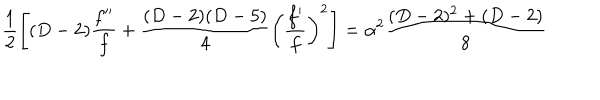
\frac { 1 } { 2 } \left[ ( D - 2 ) \frac { f ^ { \prime \prime } } { f } + \frac { ( D - 2 ) ( D - 5 ) } { 4 } \left( \frac { f ^ { \prime } } { f } \right) ^ { 2 } \right] = \alpha ^ { 2 } \frac { ( D - 2 ) ^ { 2 } + ( D - 2 ) } { 8 }